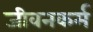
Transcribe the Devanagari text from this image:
जीवनकर्म